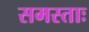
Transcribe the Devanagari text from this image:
समस्ताः